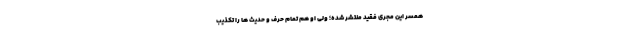
همسر این مجری فقید منتشر شده؛ ولی او هم تمام حرف و حدیث ها را تکذیب